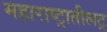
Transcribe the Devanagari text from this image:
महाराष्ट्रातीलट्र